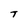
Character: T